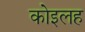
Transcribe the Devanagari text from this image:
कोइलह